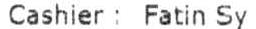
CASHIER : FATIN SY